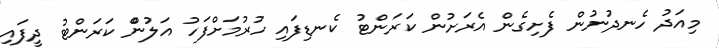
މިއަދު ހެނދުނުން ފެށިގެން އެރަށުން ކަރަންޓު ކެނޑިފައި ހުރުމަށްފަހު އަލުންް ކަރަންޓު ދީފައި